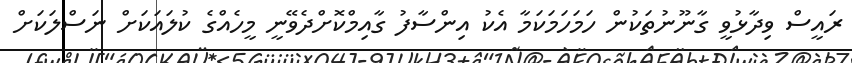
ރައީސް ވިދާޅުވީ ގާނޫނުތަކުން ހަމަހަމަކަމާ އެކު އިންސާފު ގާއިމްކޮށްދެވޭނީ މީހެއްގެ ކުލައަކަށް ނަސްލަކަށް